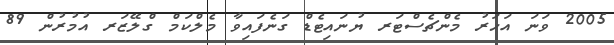
2005 ވަނަ އަހަރު މެންޗެސްޓަރ ޔުނައިޓެޑް ގަނެފައިވާ މެލްކަމް ގްލޭޒަރ އުމުރުން 89